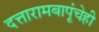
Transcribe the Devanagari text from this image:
दत्तारामबापूंचेही